Veterinary [1909] -
Year: 1909
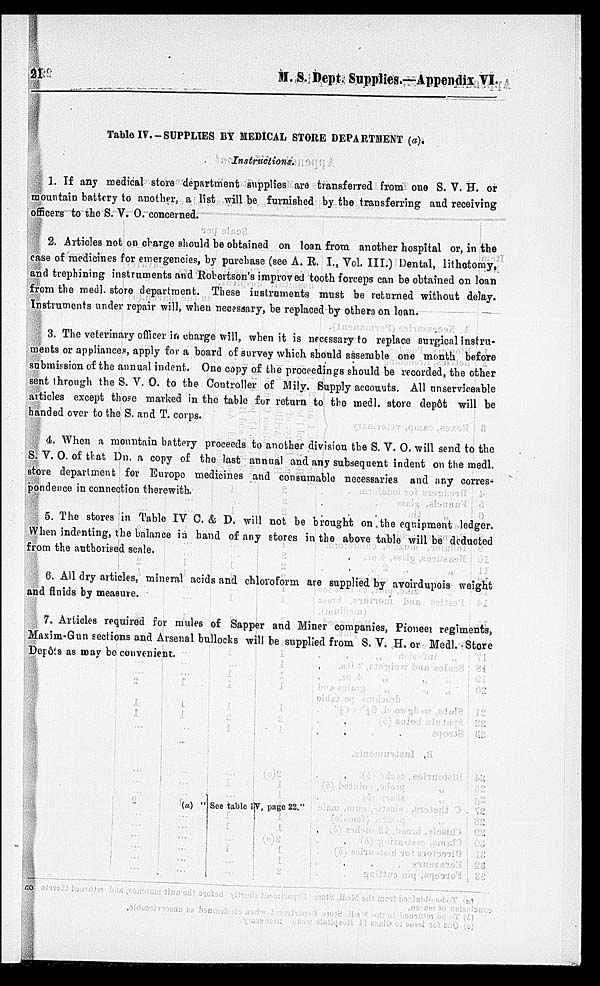
21
M.
S. Dept. Supplies.—Appendix VI.
Table IV.-SUPPLIES BY MEDICAL STORE DEPARTMENT (a).
Instructions.
1. If any medical store department supplies are transferred from one S. V. H. or
mountain battery to another, a list will be furnished by the transferring and receiving
officers to the S. V. O. concerned.
2. Articles not on charge should be obtained on loan from another hospital or, in the
case of medicines for emergencies, by purchase (see A. R. I., Vol. III.) Dental, lithetomy,
and trephining instruments and Robertson's improved tooth forceps can be obtained on loan
from the medl. store department. These instruments must be returned without delay.
Instruments under repair will, when necessary, be replaced by others on loan.
3. The veterinary officer in charge will, when it is necessary to replace surgical instru-
ments or appliances, apply for a board of survey which should assemble one month before
submission of the annual indent. One copy of the proceedings should be recorded, the other
sent through the S. V. O. to the Controller of Mily. Supply accounts. All unserviceable
articles except those marked in the table for return to the medl. store depôt will be
banded over to the S. and T. corps.
4. When a mountain battery proceeds to another division the S. V. O. will send to the
S. V. O. of that Dn. a copy of the last annual and any subsequent indent on the medl.
store department for Europe medicines and consumable necessaries and any corres-
pondence in connection therewith.
5. The stores in Table IV C. & D. will not be brought on the equipment ledger.
When indenting, the balance in hand of any stores in the above table will be deducted
from the authorised scale.
6. All dry articles, mineral acids and chloroform are supplied by avoirdupois weight
and fluids by measure.
7. Articles required for mules of Sapper and Miner companies, Pioneer regiments,
Maxim-Gun sections and Arsenal bullocks will be supplied from S. V. H. or Medl. Store
Depôts as may be convenient.
(a) " See table IV, page 22."